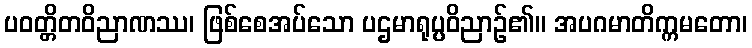
ပဝတ္တိတဝိညာဏဿ၊ ဖြစ်စေအပ်သော ပဌမာရုပ္ပဝိညာဉ်၏။ အပဂမာတိက္ကမတော၊